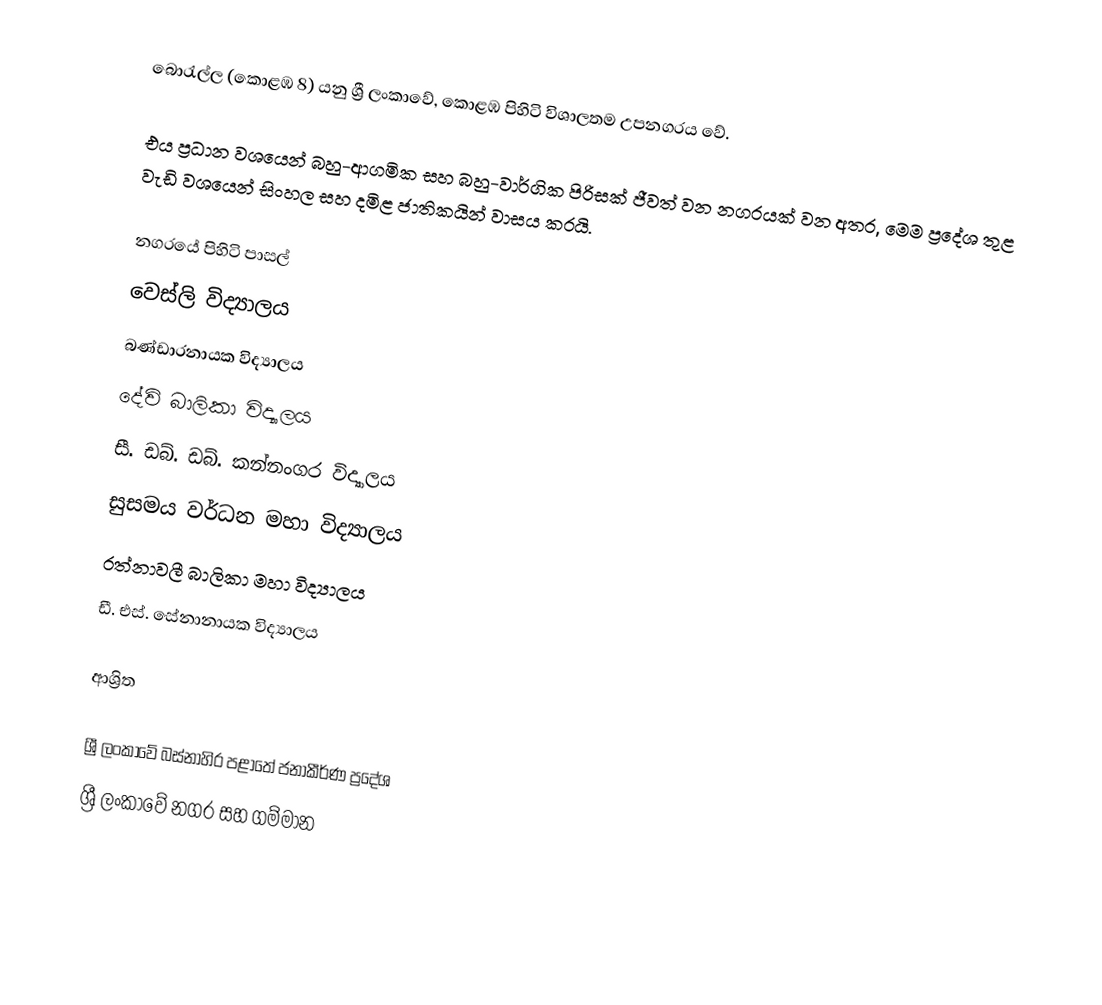
බොරැල්ල (කොළඹ 8) යනු ශ්‍රී ලංකාවේ, කොළඹ පිහිටි විශාලතම උපනගරය වේ.

එය ප්‍රධාන වශයෙන් බහු-ආගමික සහ බහු-වාර්ගික පිරිසක් ජීවත් වන නගරයක් වන අතර, මෙම ප්‍රදේශ තුළ වැඩි වශයෙන් සිංහල සහ දමිළ ජාතිකයින් වාසය කරයි.

නගරයේ පිහිටි පාසල්
 වෙස්ලි විද්‍යාලය
 බණ්ඩාරනායක විද්‍යාලය
 දේවි බාලිකා විද්‍යාලය
 සී. ඩබ්. ඩබ්. කන්නංගර විද්‍යාලය
 සුසමය වර්ධන මහා විද්‍යාලය
 රත්නාවලී බාලිකා මහා විද්‍යාලය
 ඩී. එස්. සේනානායක විද්‍යාලය

ආශ්‍රිත

ශ්‍රී ලංකාවේ බස්නාහිර පළාතේ ජනාකීර්ණ ප්‍රදේශ
ශ්‍රී ලංකාවේ නගර සහ ගම්මාන